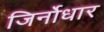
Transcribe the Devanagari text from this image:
जिर्नोधार